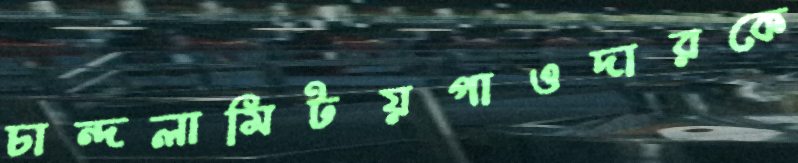
চান্দলামিটয়পাওদারকে